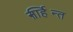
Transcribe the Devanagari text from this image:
नाहर्न्ति